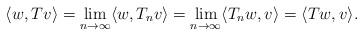
LaTeX: \begin{align*}\langle w, T v\rangle =\lim_{n\to \infty} \langle w, T_n v\rangle=\lim_{n\to \infty} \langle T_n w, v\rangle= \langle Tw, v\rangle.\end{align*}